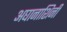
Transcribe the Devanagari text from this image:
अघानाशिनी